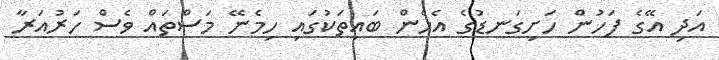
އަދި އޭގެ ފަހުން ހަށިގަނޑުގެ އެހެން ބައިތަކުގައި ހިމެނޭ މަސްތައް ވެސް ހަރުއަރާ